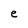
Character: e